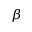
_ { \beta }